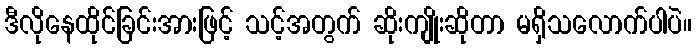
ဒီလိုနေထိုင်ခြင်းအားဖြင့် သင့်အတွက် ဆိုးကျိုးဆိုတာ မရှိသလောက်ပါပဲ။